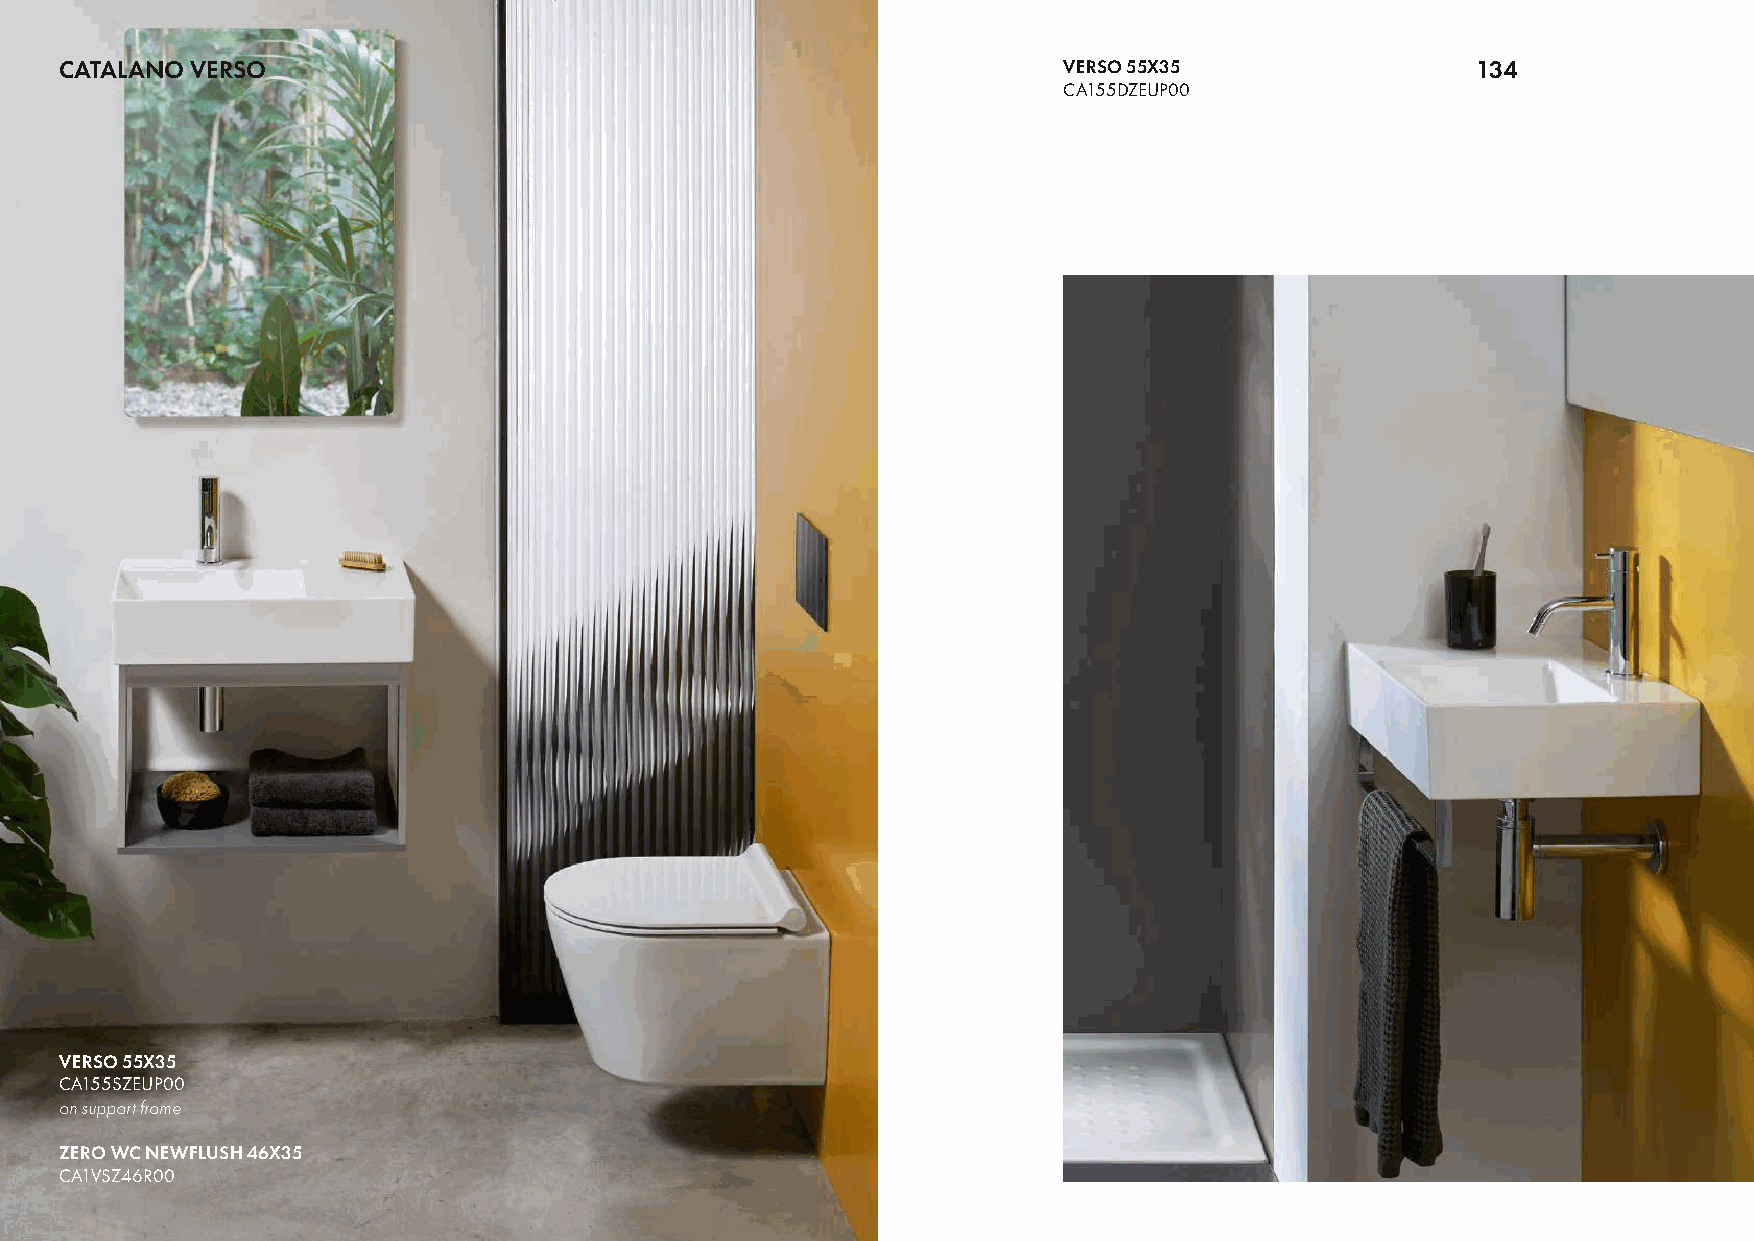
CATALANO VERSO                                                    VERSO 55X35                 134
 CA155DZEUP00
 VERSO 55X35
 CA155SZEUP00
 on support frame
 ZERO WC NEWFLUSH 46X35
 CA1VSZ46R00